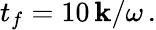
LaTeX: t_{f}=10\, \mathbf{k}/\omega\, .